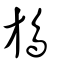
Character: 鴋